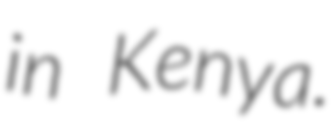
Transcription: in Kenya.